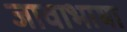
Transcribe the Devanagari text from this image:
जावाभाषा